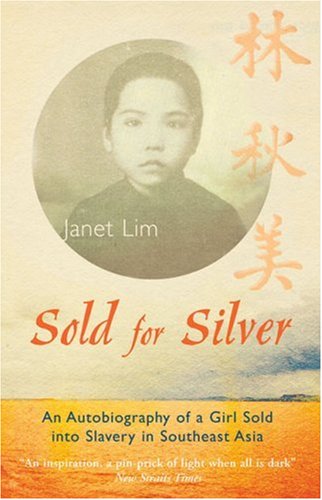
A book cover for Sold for Silver: An Autobiography of a Girl Sold into Slavery in Southeast Asia; Janet Lim; Travel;